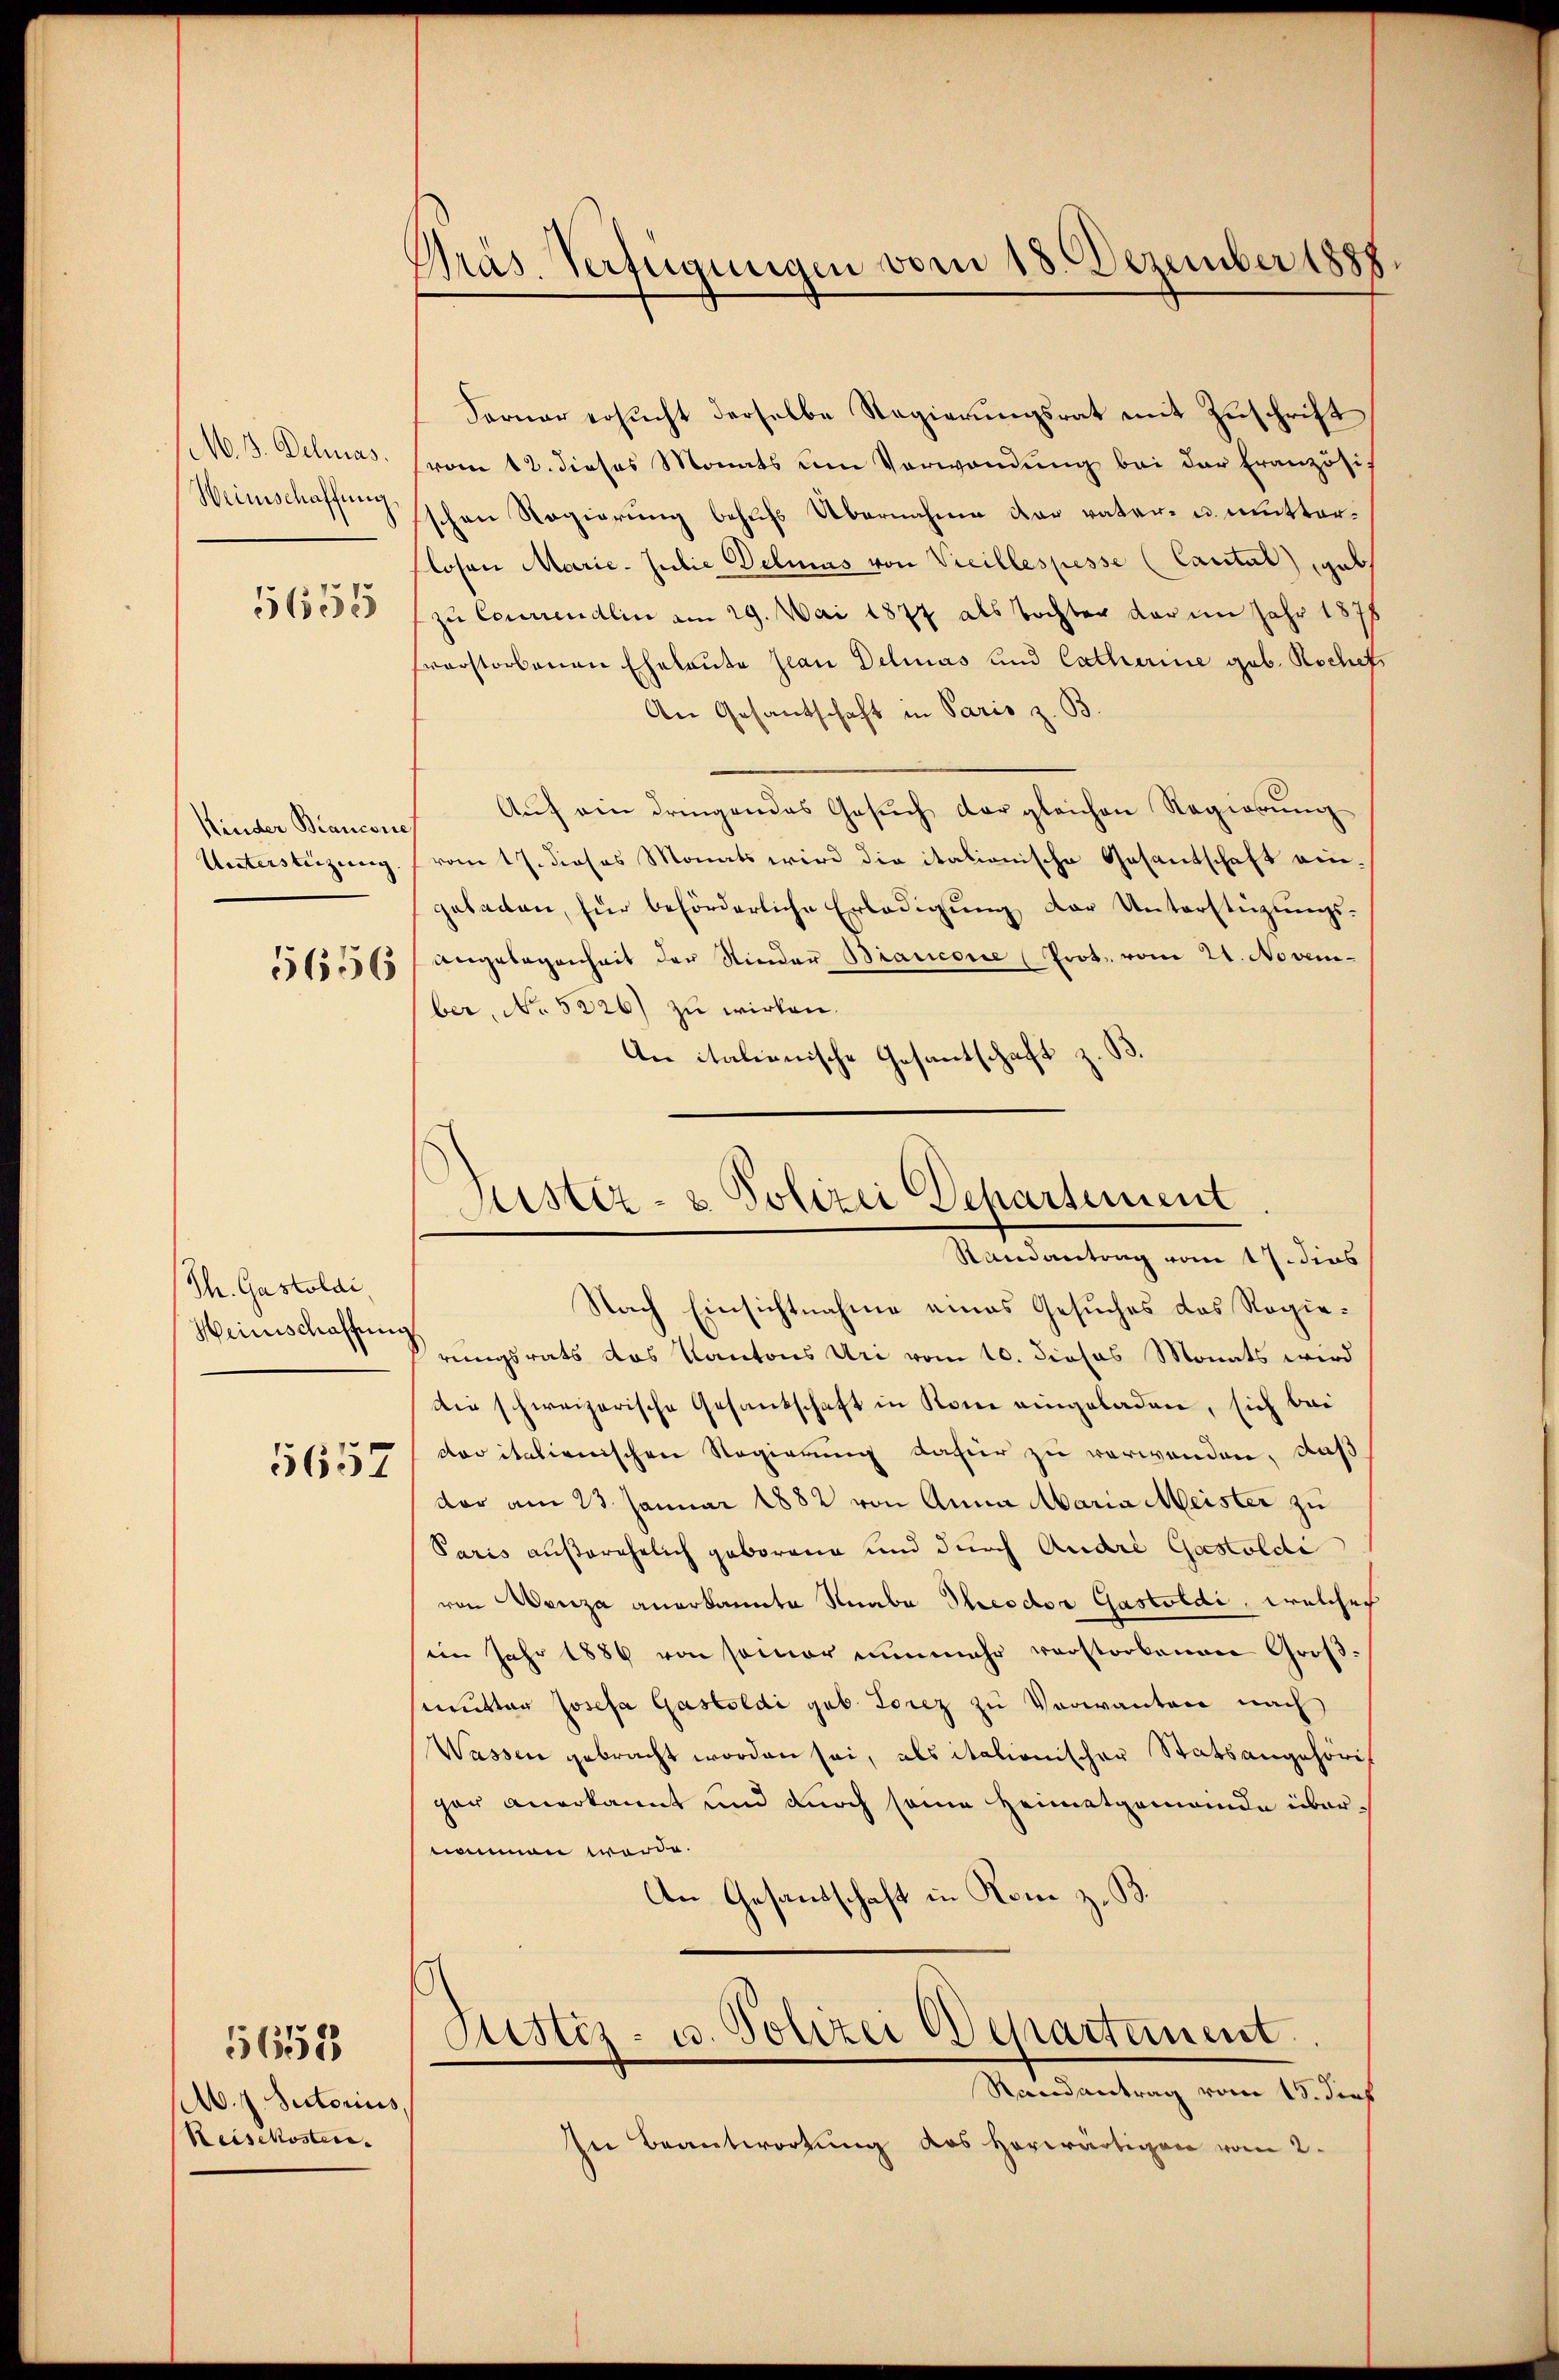
M. 3. Delas
5655

5656

Th. Gastoldi,
Heinschaffung

5657

A. 1. Sectorius
Reisekoster.

5658

Präs. Verfügungen vom 18. Dezember 1888.

Ferner ersucht derselbe Regierungsrat mit Zuschrift
(vom 12. dieses Monats um Verwandŭng bei der Französich
Weinschaffungsschen Regierung behufs Übernahme dar vater- u. mitterlosen Marie. Julie Delias von Vicillespesse (Cartal) gab
 zu Couriendlin am 29. Mai 1877 als Tochter dar im Jahr 1878
sverstorbenen Eheleute Jean Delias und Catharine geb. Rochefs
An Gesandschaft in Paris z. B.
Kinder Biancan Auf ein dringendes Gesuch der gleichen Regierung
Unterstüzung (vom 17. dieses Monats wird die italionische Gesantschaft ein-
gebaden, für beförderliche Erledigŭng der Unterstüzungs-
angelegenheit der Nieder Biancore (Prot. vom 24. November, No 5226) zu wirken.
An italienische Gesantschaft z. B.

Justiz- & Polizei Departement
Randantrag vom 17. dies

Nach Einsichtnahme eines Gesuches das Regierungsrats das Kantons Uri vom 10. dieses Monats wird
Die schweizerische Gesandschaft in Kon eingeladen, sich bei
der italienischen Regierung dafür zu verwenden, daß
dar am 23. Januar 1882 von Anna Maria Meister zu
Paris außerehelich geborene und durch Andre Gestoldi
von Menza anerkannte Numbe Theodor Gastoldi, welches
im Jahr 1889 von sogar nunmehr verstorbenen Großsmutter Josefa Gastoldi geb. Lorez zu Verwanten nach
Wassen gebracht worden sei, als italionischer Statsangehörig
ger anerkannt und durch seine Heimatgemeinde übernommen werde.
An Gesandschaft in Rom z. B.
Justiz- u. Polizei Departement.
Randantrag vom 15. dies
In Beantwortung des herwärtigen vom 2.